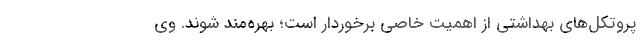
پروتکل‌های بهداشتی از اهمیت خاصی برخوردار است؛ بهره‌مند شوند. وی